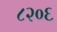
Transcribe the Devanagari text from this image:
८२०६